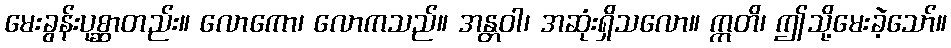
မေးခွန်းပုစ္ဆာတည်း။ လောကော၊ လောကသည်။ အန္တဝါ၊ အဆုံးရှိသလော။ ဣတိ၊ ဤသို့မေးခဲ့သော်။